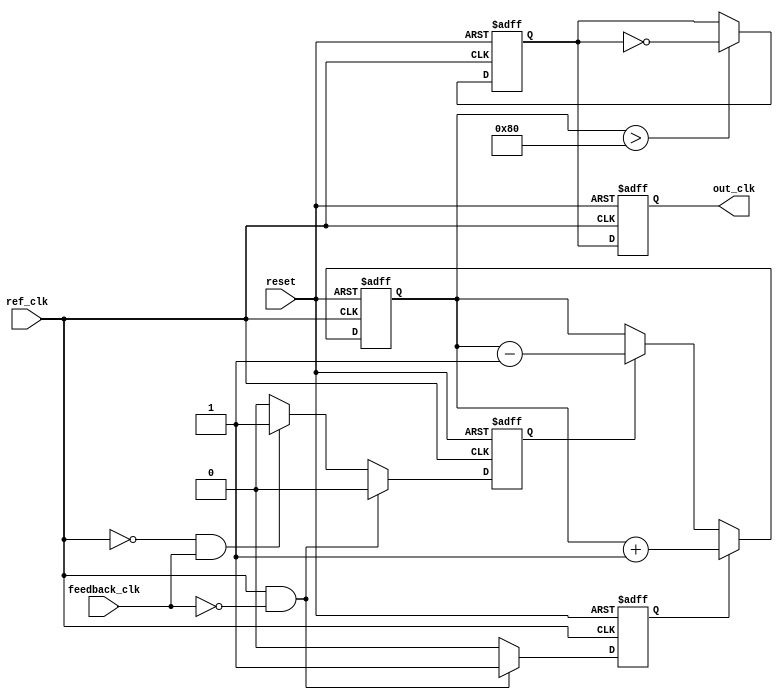
module pll (
    input wire ref_clk,           // Reference clock input
    input wire feedback_clk,      // Feedback clock input
    input wire reset,             // Asynchronous reset
    output reg out_clk            // Output clock
);

    // Parameters
    parameter VCO_MULTIPLIER = 4; // VCO frequency multiplier
    parameter LOOP_FILTER_GAIN = 1; // Loop filter gain

    // Internal signals
    reg pfd_out_up, pfd_out_down; // PFD output signals
    reg [7:0] control_voltage;     // Control voltage for VCO
    reg vco_clk;                   // VCO output clock
    reg [7:0] loop_filter;         // Loop filter output

    // Phase Frequency Detector (PFD)
    always @(posedge ref_clk or posedge reset) begin
        if (reset) begin
            pfd_out_up <= 0;
            pfd_out_down <= 0;
        end else begin
            if (ref_clk && !feedback_clk) begin
                pfd_out_up <= 1;   // Reference clock leads
                pfd_out_down <= 0;
            end else if (!ref_clk && feedback_clk) begin
                pfd_out_up <= 0;
                pfd_out_down <= 1; // Feedback clock leads
            end else begin
                pfd_out_up <= 0;
                pfd_out_down <= 0; // No change
            end
        end
    end

    // Charge Pump
    always @(posedge ref_clk or posedge reset) begin
        if (reset) begin
            control_voltage <= 8'b0;
        end else begin
            if (pfd_out_up) begin
                control_voltage <= control_voltage + LOOP_FILTER_GAIN; // Increase control voltage
            end else if (pfd_out_down) begin
                control_voltage <= control_voltage - LOOP_FILTER_GAIN; // Decrease control voltage
            end
        end
    end

    // Voltage-Controlled Oscillator (VCO)
    always @(posedge ref_clk or posedge reset) begin
        if (reset) begin
            vco_clk <= 0;
            out_clk <= 0;
        end else begin
            // Simple VCO behavior: toggle based on control voltage
            if (control_voltage > 128) begin
                vco_clk <= ~vco_clk; // Toggle VCO clock
            end
            out_clk <= vco_clk; // Output clock
        end
    end

    // Loop Filter (Simple average filter)
    always @(posedge ref_clk or posedge reset) begin
        if (reset) begin
            loop_filter <= 8'b0;
        end else begin
            loop_filter <= control_voltage; // Pass control voltage to loop filter
        end
    end

endmodule